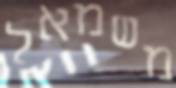
משמאל